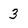
Character: 3